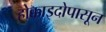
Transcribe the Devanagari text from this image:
होक्काइदोपासून